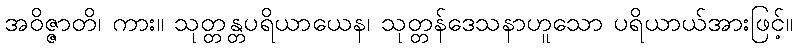
အဝိဇ္ဇာတိ၊ ကား။ သုတ္တန္တပရိယာယေန၊ သုတ္တန်ဒေသနာဟူသော ပရိယာယ်အားဖြင့်။